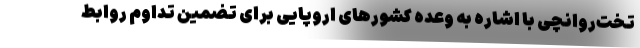
تخت‌روانچی با اشاره به وعده کشورهای اروپایی برای تضمین تداوم روابط